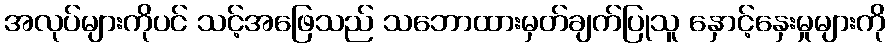
အလုပ်များကိုပင် သင့်အဖြေသည် သဘောထားမှတ်ချက်ပြုသူ နှောင့်နှေးမှုများကို